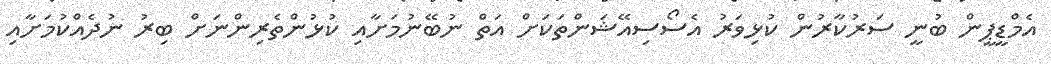
އެމްޑީޕީން ބުނީ ސަރުކާރުން ކުޅިވަރު އެސޯސިއޭޝަންތަކަށް އަތް ނުބޭނުމަށާއި ކުޅުންތެރިންނަށް ބިރު ނުދެއްކުމަށާއި